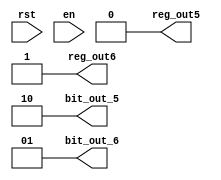
module state10(
input rst,
input en,
output [1:0] bit_out_5,
output [1:0] bit_out_6,
output reg_out5,
output reg_out6
    );
assign bit_out_5 = 2'b10;
assign bit_out_6 = 2'b01;
assign reg_out5 = 0;
assign reg_out6 = 1;
endmodule